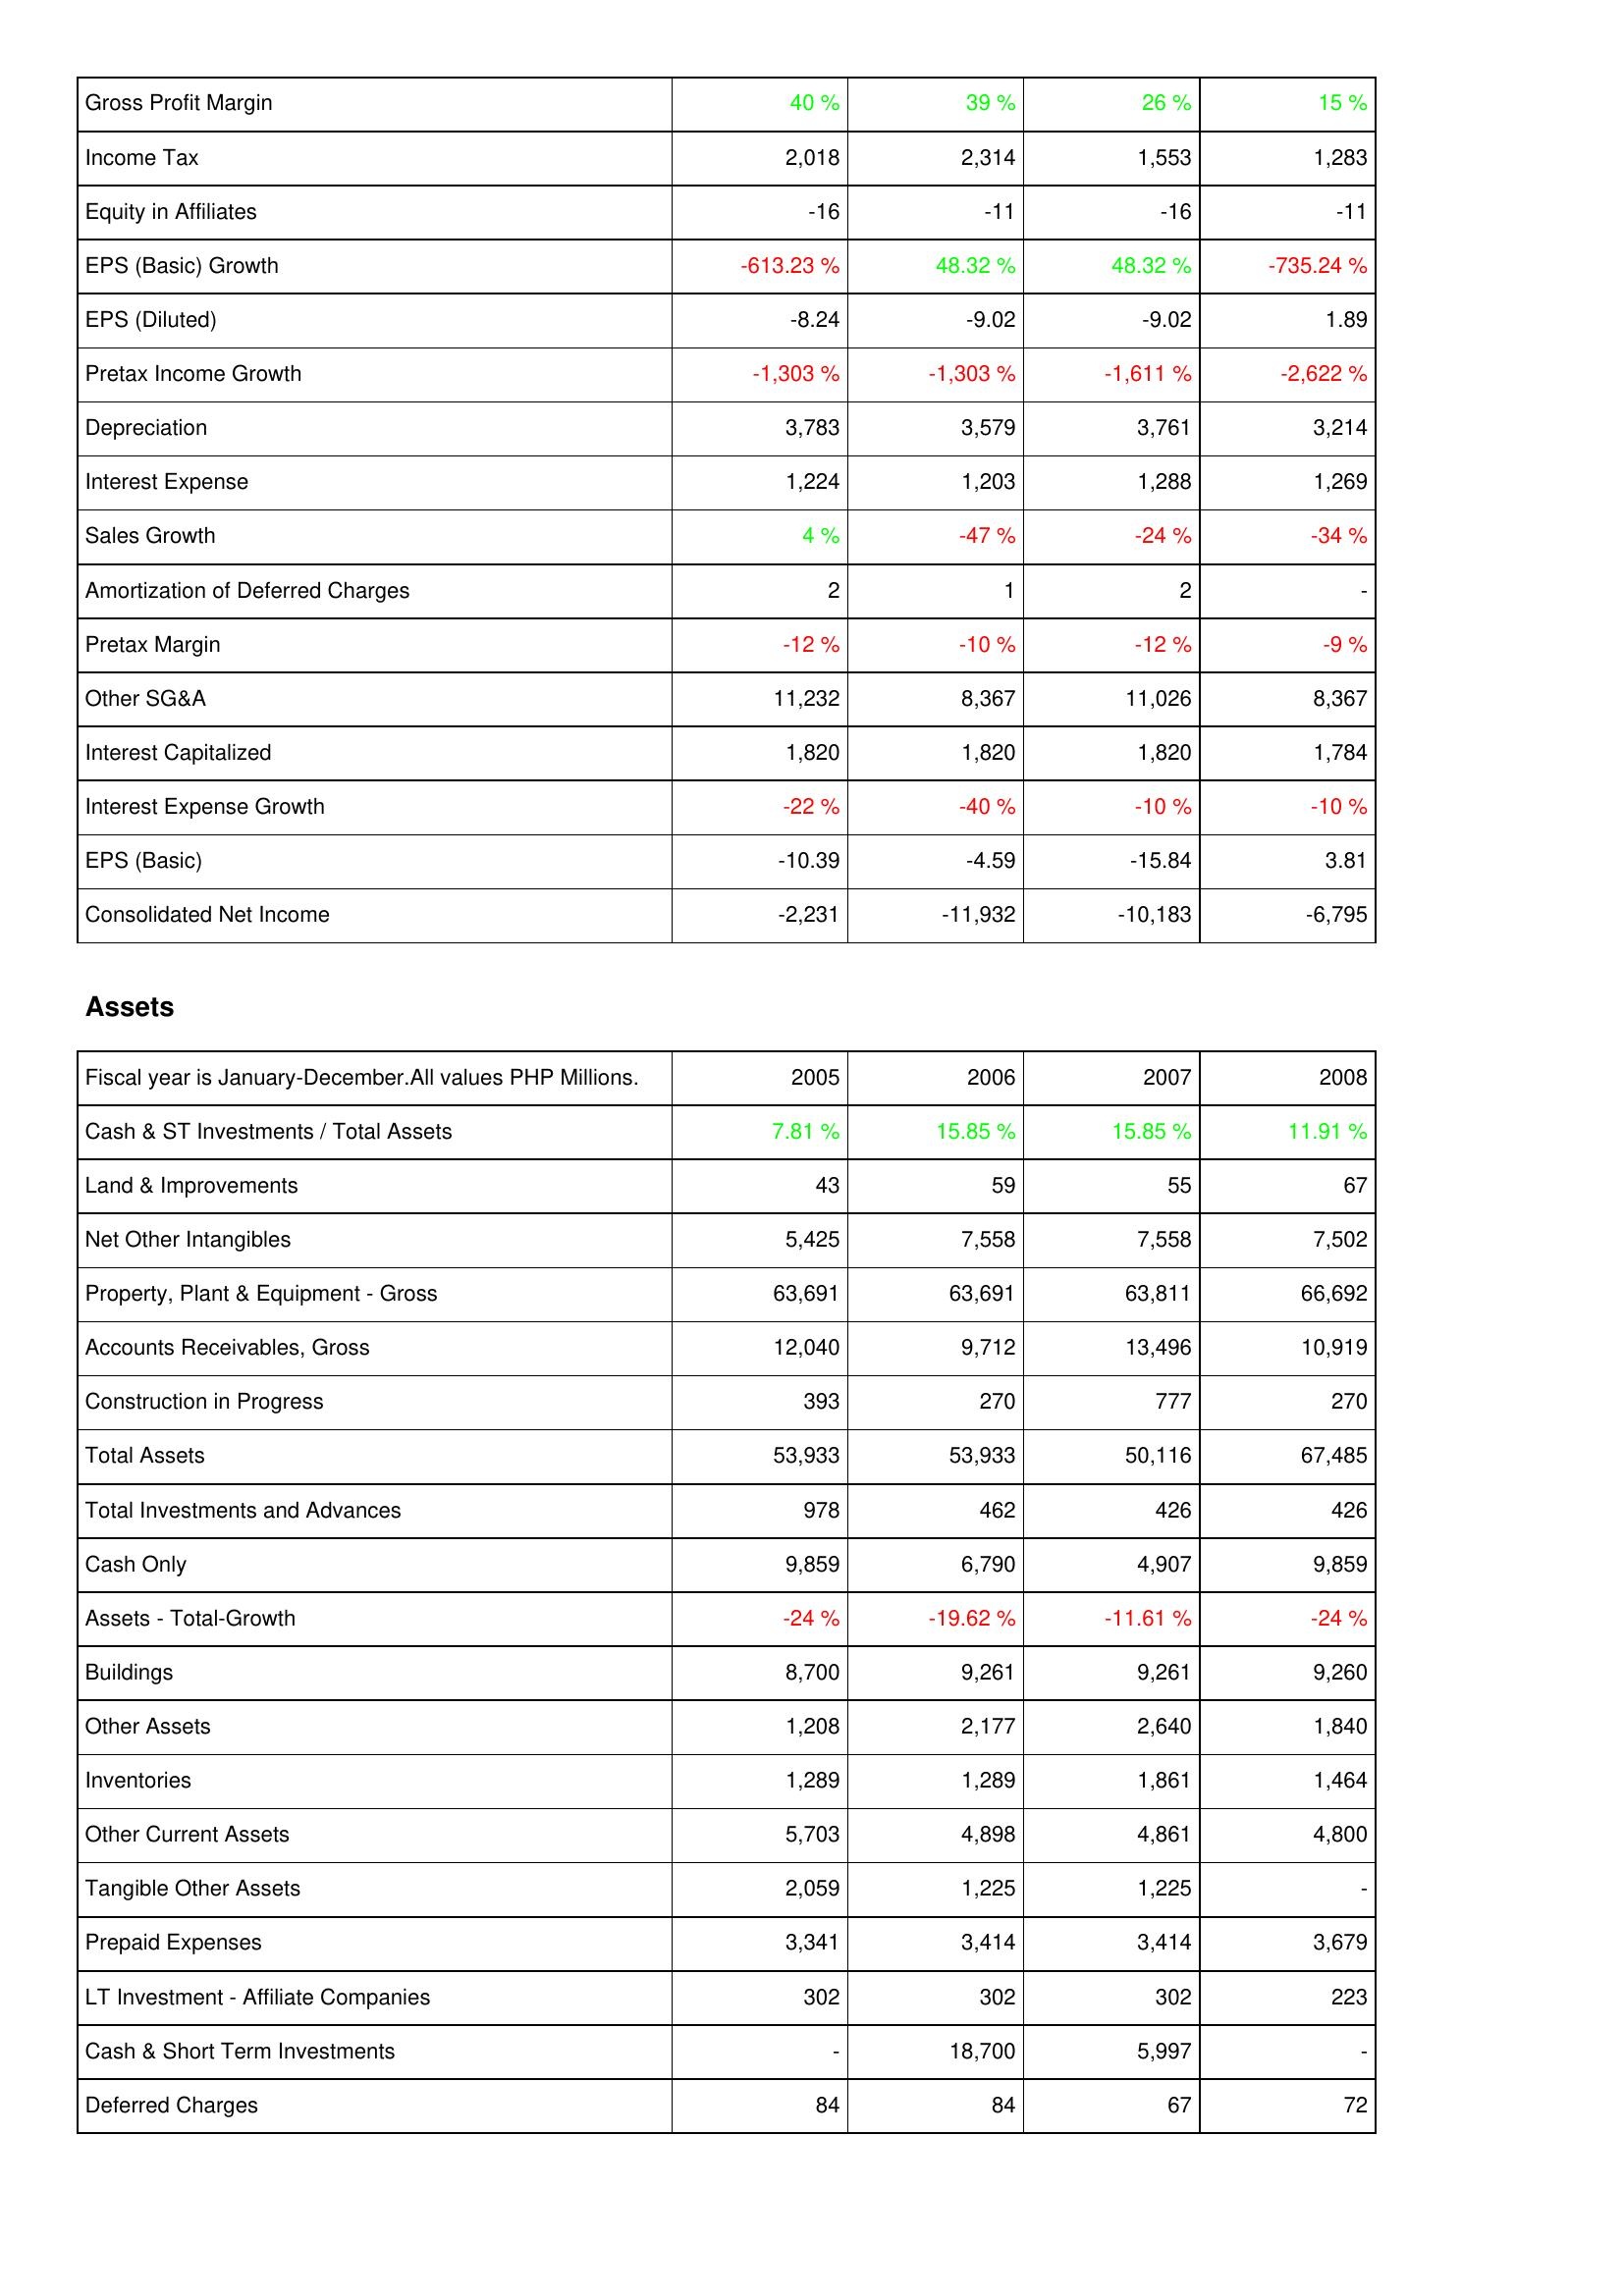
2005: Income Statement: Gross Profit Margin: 40 %
Income Tax: 2,018
Equity in Affiliates: -16
EPS (Basic) Growth: -613.23 %
EPS (Diluted): -8.24
Pretax Income Growth: -1,303 %
Depreciation: 3,783
Interest Expense: 1,224
Sales Growth: 4 %
Amortization of Deferred Charges: 2
Pretax Margin: -12 %
Other SG&A: 11,232
Interest Capitalized: 1,820
Interest Expense Growth: -22 %
EPS (Basic): -10.39
Consolidated Net Income: -2,231
Assets: Cash & ST Investments / Total Assets: 7.81 %
Land & Improvements: 43
Net Other Intangibles: 5,425
Property, Plant & Equipment - Gross: 63,691
Accounts Receivables, Gross: 12,040
Construction in Progress: 393
Total Assets: 53,933
Total Investments and Advances: 978
Cash Only: 9,859
Assets - Total-Growth: -24 %
Buildings: 8,700
Other Assets: 1,208
Inventories: 1,289
Other Current Assets: 5,703
Tangible Other Assets: 2,059
Prepaid Expenses: 3,341
LT Investment - Affiliate Companies: 302
Cash & Short Term Investments: -
Deferred Charges: 84
2006: Income Statement: Gross Profit Margin: 39 %
Income Tax: 2,314
Equity in Affiliates: -11
EPS (Basic) Growth: 48.32 %
EPS (Diluted): -9.02
Pretax Income Growth: -1,303 %
Depreciation: 3,579
Interest Expense: 1,203
Sales Growth: -47 %
Amortization of Deferred Charges: 1
Pretax Margin: -10 %
Other SG&A: 8,367
Interest Capitalized: 1,820
Interest Expense Growth: -40 %
EPS (Basic): -4.59
Consolidated Net Income: -11,932
Assets: Cash & ST Investments / Total Assets: 15.85 %
Land & Improvements: 59
Net Other Intangibles: 7,558
Property, Plant & Equipment - Gross: 63,691
Accounts Receivables, Gross: 9,712
Construction in Progress: 270
Total Assets: 53,933
Total Investments and Advances: 462
Cash Only: 6,790
Assets - Total-Growth: -19.62 %
Buildings: 9,261
Other Assets: 2,177
Inventories: 1,289
Other Current Assets: 4,898
Tangible Other Assets: 1,225
Prepaid Expenses: 3,414
LT Investment - Affiliate Companies: 302
Cash & Short Term Investments: 18,700
Deferred Charges: 84
2007: Income Statement: Gross Profit Margin: 26 %
Income Tax: 1,553
Equity in Affiliates: -16
EPS (Basic) Growth: 48.32 %
EPS (Diluted): -9.02
Pretax Income Growth: -1,611 %
Depreciation: 3,761
Interest Expense: 1,288
Sales Growth: -24 %
Amortization of Deferred Charges: 2
Pretax Margin: -12 %
Other SG&A: 11,026
Interest Capitalized: 1,820
Interest Expense Growth: -10 %
EPS (Basic): -15.84
Consolidated Net Income: -10,183
Assets: Cash & ST Investments / Total Assets: 15.85 %
Land & Improvements: 55
Net Other Intangibles: 7,558
Property, Plant & Equipment - Gross: 63,811
Accounts Receivables, Gross: 13,496
Construction in Progress: 777
Total Assets: 50,116
Total Investments and Advances: 426
Cash Only: 4,907
Assets - Total-Growth: -11.61 %
Buildings: 9,261
Other Assets: 2,640
Inventories: 1,861
Other Current Assets: 4,861
Tangible Other Assets: 1,225
Prepaid Expenses: 3,414
LT Investment - Affiliate Companies: 302
Cash & Short Term Investments: 5,997
Deferred Charges: 67
2008: Income Statement: Gross Profit Margin: 15 %
Income Tax: 1,283
Equity in Affiliates: -11
EPS (Basic) Growth: -735.24 %
EPS (Diluted): 1.89
Pretax Income Growth: -2,622 %
Depreciation: 3,214
Interest Expense: 1,269
Sales Growth: -34 %
Amortization of Deferred Charges: -
Pretax Margin: -9 %
Other SG&A: 8,367
Interest Capitalized: 1,784
Interest Expense Growth: -10 %
EPS (Basic): 3.81
Consolidated Net Income: -6,795
Assets: Cash & ST Investments / Total Assets: 11.91 %
Land & Improvements: 67
Net Other Intangibles: 7,502
Property, Plant & Equipment - Gross: 66,692
Accounts Receivables, Gross: 10,919
Construction in Progress: 270
Total Assets: 67,485
Total Investments and Advances: 426
Cash Only: 9,859
Assets - Total-Growth: -24 %
Buildings: 9,260
Other Assets: 1,840
Inventories: 1,464
Other Current Assets: 4,800
Tangible Other Assets: -
Prepaid Expenses: 3,679
LT Investment - Affiliate Companies: 223
Cash & Short Term Investments: -
Deferred Charges: 72